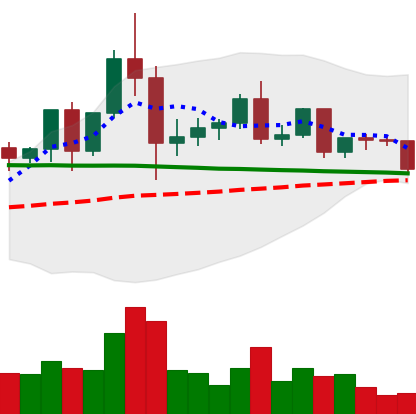
Ticker: ETC-USD
Chart end date: 2020-12-08
Forward return: 5.921%
Label: up_5_7